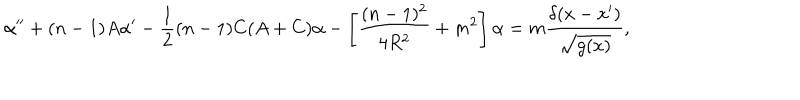
\alpha ^ { \prime \prime } + ( n - 1 ) A \alpha ^ { \prime } - \frac 1 2 ( n - 1 ) C ( A + C ) \alpha - \left[ \frac { ( n - 1 ) ^ { 2 } } { 4 R ^ { 2 } } + m ^ { 2 } \right] \alpha = m \frac { \delta ( x - x ^ { \prime } ) } { \sqrt { g ( x ) } } ,